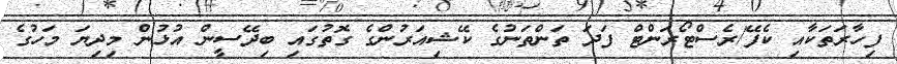
ފިހާރަތަކާއި ކެފޭ/ރެސްޓޯރަންޓް ފަދަ ތަންތަނުގެ ކޭޝިއަރުންގެ ގޮތުގައި ބިދޭސީން އުޅުން މިދިޔަ މަހުގެ